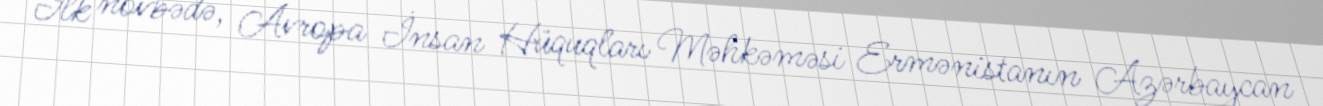
İlk növbədə, Avropa İnsan Hüquqları Məhkəməsi Ermənistanın Azərbaycan